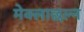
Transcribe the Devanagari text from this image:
मेक्लाछल्न